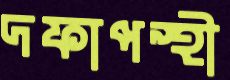
দফাপন্থী